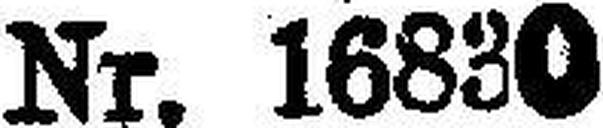
Nr. 16830